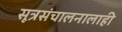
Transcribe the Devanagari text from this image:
सूत्रसंचालनालाही